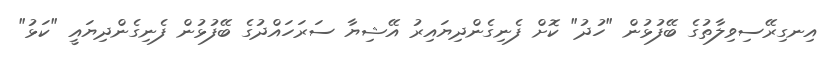
އިނގިރޭސިވިލާތުގެ ބޭފުޅުން "ހުދު" ކޮށް ފެނިގެންދިޔައިރު އޭޝިޔާ ސަރަހައްދުގެ ބޭފުޅުން ފެނިގެންދިޔައީ "ކަޅު"